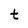
Character: t